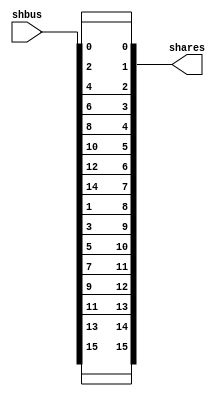
// SPDX-FileCopyrightText: SIMPLE-Crypto Contributors <info@simple-crypto.dev>
// SPDX-License-Identifier: CERN-OHL-P-2.0
// Copyright SIMPLE-Crypto Contributors.
// This source describes Open Hardware and is licensed under the CERN-OHL-P v2.
// You may redistribute and modify this source and make products using it under
// the terms of the CERN-OHL-P v2 (https://ohwr.org/cern_ohl_p_v2.txt).
// This source is distributed WITHOUT ANY EXPRESS OR IMPLIED WARRANTY, INCLUDING
// OF MERCHANTABILITY, SATISFACTORY QUALITY AND FITNESS FOR A PARTICULAR PURPOSE.
// Please see the CERN-OHL-P v2 for applicable conditions.

// This changes the representation of sharings, from a "bus" representation to
// a packed representation, seed shares2bus.v for details on these
// representations.
module shbus2shares
#
(
    parameter d = 2,
    parameter count = 8
)
(
    shbus,
    shares
);

// IOs
input [d*count-1:0] shbus;
output [d*count-1:0] shares;

genvar i,j;
generate
for(i=0;i<count;i=i+1) begin: bit_wiring
    for(j=0;j<d;j=j+1) begin: share_wiring
        assign shares[count*j + i] = shbus[d*i + j];
    end
end
endgenerate


endmodule